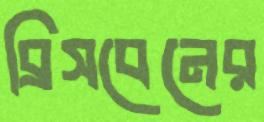
ব্রিসবেনের